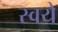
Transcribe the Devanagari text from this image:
स्वये